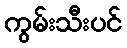
ကွမ်းသီးပင်